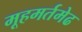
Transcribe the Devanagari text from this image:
मूहमर्तमेढ